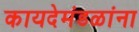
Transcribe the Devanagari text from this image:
कायदेमंडळांना